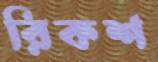
রিকশ